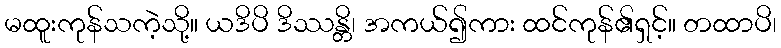
မထူးကုန်သကဲ့သို့။ ယဒိပိ ဒိဿန္တိ၊ အကယ်၍ကား ထင်ကုန်၏ရှင့်။ တထာပိ၊